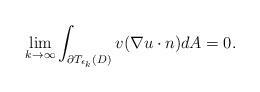
\begin{align*}\lim_{k \rightarrow \infty}\int_{\partial T_{\epsilon_{k}}(D)}v(\nabla u\cdot n)dA=0.\end{align*}